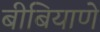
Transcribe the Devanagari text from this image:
बीबियाणे